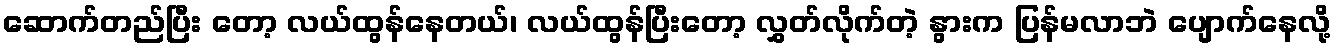
ဆောက်တည်ပြီး တော့ လယ်ထွန်နေတယ်၊ လယ်ထွန်ပြီးတော့ လွှတ်လိုက်တဲ့ နွားက ပြန်မလာဘဲ ပျောက်နေလို့